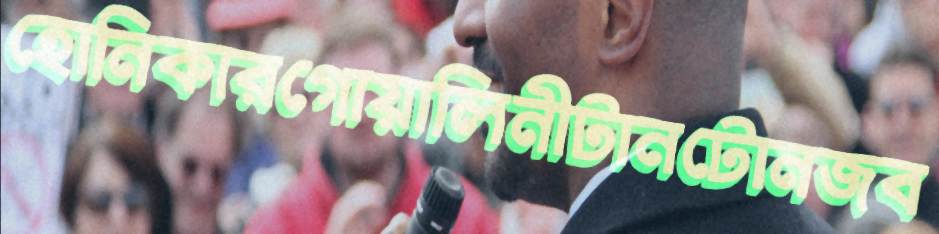
হোনিকারগোয়ালিনীটানটোনজব